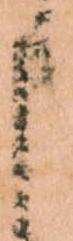
申